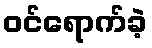
ဝင်ရောက်ခဲ့